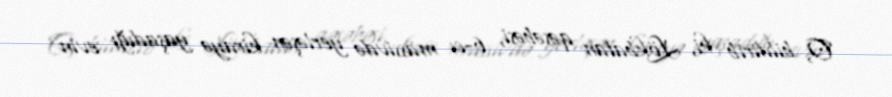
O, bildirib ki, Lökbatan qəsəbəsi, 6-cı massivdə yerləşən kirayə yaşadığı evin